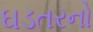
ઘડતરનો